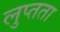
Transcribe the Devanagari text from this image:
लुप्तता